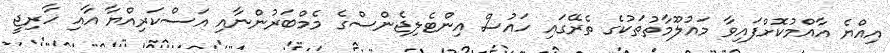
އިއްޔެ އާއްމުކޮށްފައިވާ މައުލޫމާތުތަކުގެ ތެރޭގައި ހައުސް އިންޓެލިޖެންސްގެ މެމްބަރުންނާއި އަސްކަރިއްޔާ އާއި ހާރިޖީ